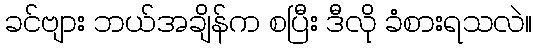
ခင်ဗျား ဘယ်အချိန်က စပြီး ဒီလို ခံစားရသလဲ။